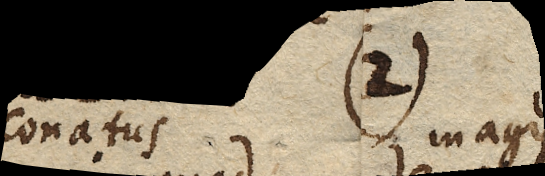
conatus magis